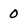
Character: O